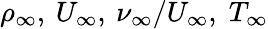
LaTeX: \rho_{\infty},\: U_{\infty},\: \nu_{\infty}/U_{\infty},\; T_{\infty}